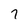
Character: 7